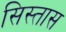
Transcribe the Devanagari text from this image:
सिस्तास